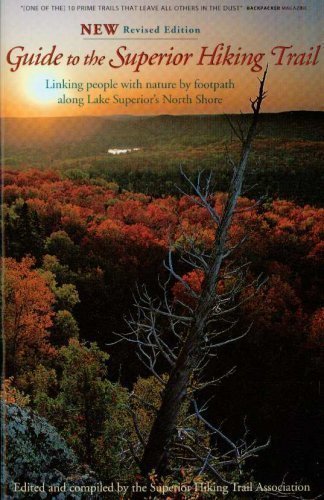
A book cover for Guide to the Superior Hiking Trail: Linking People with Nature by Footpath Along Lake Superior's North Shore (Rev Print); Travel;